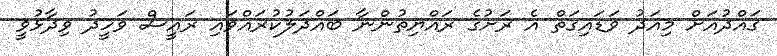
ގައްދުއަށް މިއަދު ވަޑައިގަތް އެ ރަށުގެ ރައްޔިތުންނާ ބައްދަލުކުރައްވައި ރައީސް ވަހީދު ވިދާޅުވީ